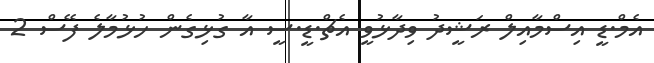
އެމް.ޑީ އިސްމާއިލް ރަޝީދު ވިދާޅުވީ އެޗް.ޑީ.ސީ އާ ގުޅިގެން ހުޅުމާލެ ފޭސް 2